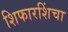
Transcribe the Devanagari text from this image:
शिफारशिंचा